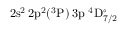
\mathrm { 2 s ^ { 2 } \, 2 p ^ { 2 } ( ^ { 3 } P ) \, 3 p ~ ^ { 4 } D _ { 7 / 2 } ^ { \circ } }